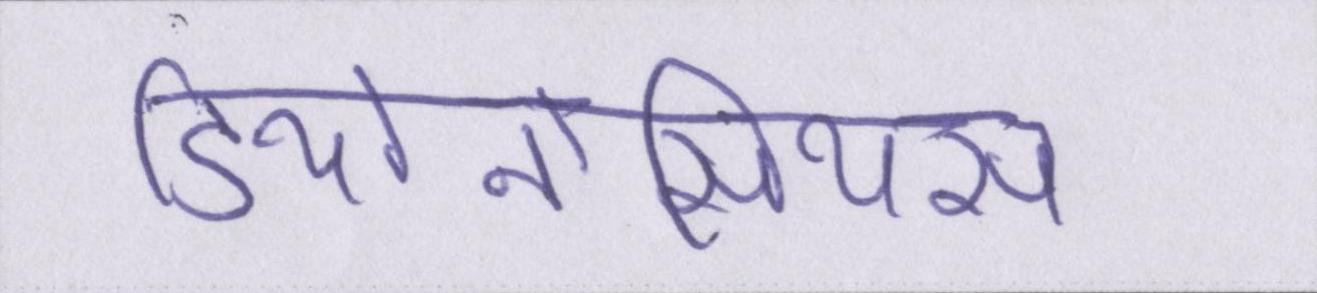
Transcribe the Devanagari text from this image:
डियोनोसियस